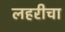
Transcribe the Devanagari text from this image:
लहरीचा